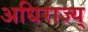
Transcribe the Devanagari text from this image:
अधिराज्य्